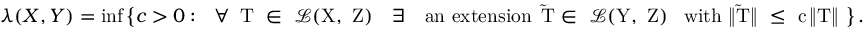
\begin{array} { r } { \boldsymbol { \lambda } ( X , Y ) = \operatorname* { i n f } \big \{ c > 0 : \, \, \mathrm { ~ \forall \, ~ T ~ \in ~ \mathcal { L } ( X , ~ Z ) ~ \, \, ~ \exists ~ \, \, ~ a n ~ e x t e n s i o n \, ~ \widetilde { T } \in ~ \mathcal { L } ( Y , ~ Z ) ~ \, ~ w i t h ~ \| \widetilde { T } \| ~ \leq ~ c \, \| T \| ~ } \big \} \, . } \end{array}